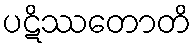
ပဋိဿတောတိ